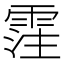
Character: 霔